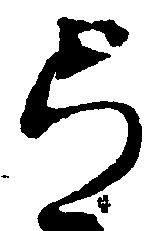
弓